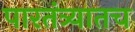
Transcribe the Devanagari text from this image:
पारतंत्र्यातच